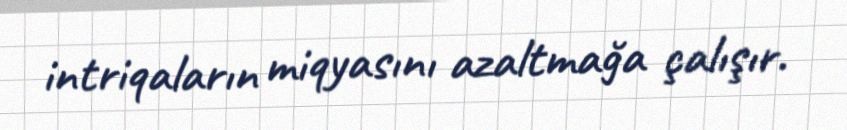
intriqaların miqyasını azaltmağa çalışır.